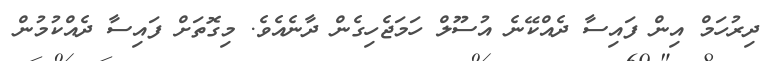
ދިރުހަމް އިން ފައިސާ ދެއްކޭނެ އުސޫލް ހަމަޖެހިގެން ދާނެއެވެ. މިގޮތަށް ފައިސާ ދެއްކުމުން